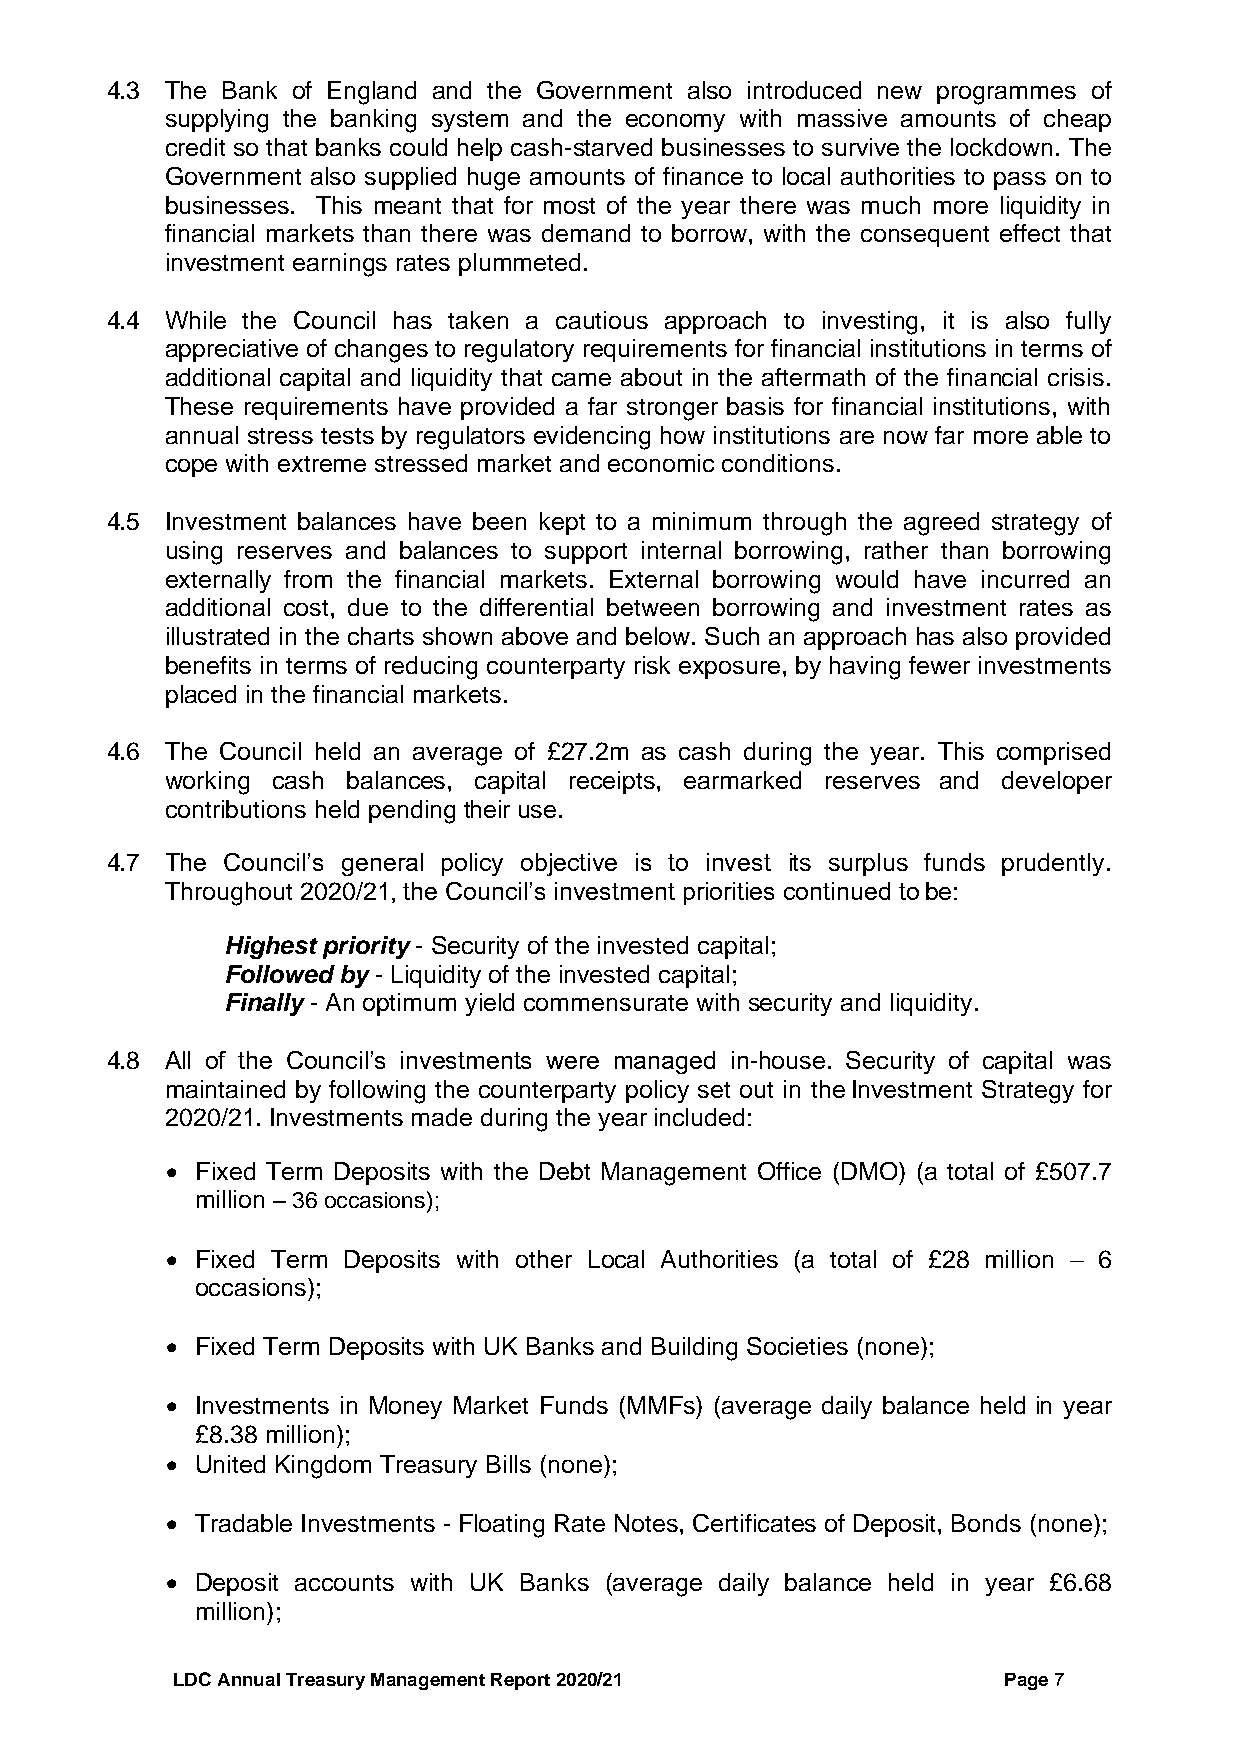
4.3 The Bank of England and the Government also introduced new programmes of
 supplying the banking system and the economy with massive amounts of cheap
 credit so that banks could help cash-starved businesses to survive the lockdown. The
 Government also supplied huge amounts of finance to local authorities to pass on to
 businesses. This meant that for most of the year there was much more liquidity in
 financial markets than there was demand to borrow, with the consequent effect that
 investment earnings rates plummeted.
 4.4 While the Council has taken a cautious approach to investing, it is also fully
 appreciative of changes to regulatory requirements for financial institutions in terms of
 additional capital and liquidity that came about in the aftermath of the financial crisis.
 These requirements have provided a far stronger basis for financial institutions, with
 annual stress tests by regulators evidencing how institutions are now far more able to
 cope with extreme stressed market and economic conditions.
 4.5 Investment balances have been kept to a minimum through the agreed strategy of
 using reserves and balances to support internal borrowing, rather than borrowing
 externally from the financial markets. External borrowing would have incurred an
 additional cost, due to the differential between borrowing and investment rates as
 illustrated in the charts shown above and below. Such an approach has also provided
 benefits in terms of reducing counterparty risk exposure, by having fewer investments
 placed in the financial markets.
 4.6 The Council held an average of £27.2m as cash during the year. This comprised
 working cash balances, capital receipts, earmarked reserves and developer
 contributions held pending their use.
 4.7 The Council’s general policy objective is to invest its surplus funds prudently.
 Throughout 2020/21, the Council’s investment priorities continued to be:
 Highest priority - Security of the invested capital;
 Followed by - Liquidity of the invested capital;
 Finally - An optimum yield commensurate with security and liquidity.
 4.8 All of the Council’s investments were managed in-house. Security of capital was
 maintained by following the counterparty policy set out in the Investment Strategy for
 2020/21. Investments made during the year included:
 • Fixed Term Deposits with the Debt Management Office (DMO) (a total of £507.7
 million – 36 occasions);
 • Fixed Term Deposits with other Local Authorities (a total of £28 million – 6
 occasions);
 • Fixed Term Deposits with UK Banks and Building Societies (none);
 • Investments in Money Market Funds (MMFs) (average daily balance held in year
 £8.38 million);
 • United Kingdom Treasury Bills (none);
 • Tradable Investments - Floating Rate Notes, Certificates of Deposit, Bonds (none);
 • Deposit accounts with UK Banks (average daily balance held in year £6.68
 million);
 LDC Annual Treasury Management Report 2020/21          Page 7